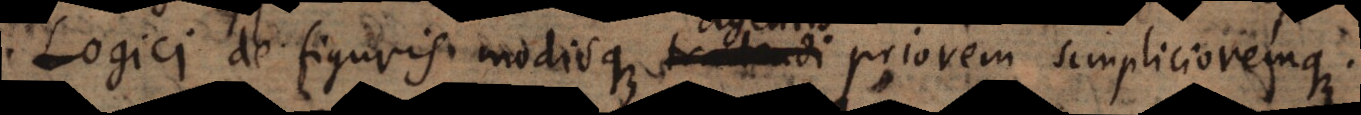
i Logici de figuris modisque tractandi priorem simplicioremque.